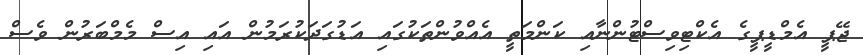
ޖޭޕީ އެމްޑީޕީގެ އެކްޓިވިސްޓުންނާއި ކަންމަތީ އެއްވުންތަކުގައި އަޑުގަދަކުރަމުން އައި އިސް މެމްބަރުން ވެސް